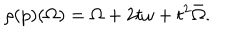
LaTeX: \rho ( p ) ( \Omega ) = \Omega + 2 t \omega + t ^ { 2 } \bar { \Omega } .